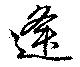
逢